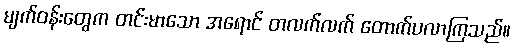
မျက်ဝန်းတွေက တင်းမာသော အရောင် တလက်လက် တောက်ပလာကြသည်။